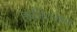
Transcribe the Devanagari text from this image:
हाजिरजबाब